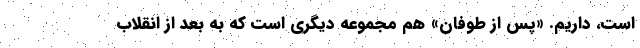
است، داریم. «پس از طوفان» هم مجموعه دیگری است که به بعد از انقلاب